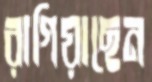
রাগিয়াছেন